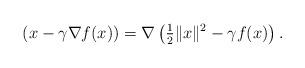
LaTeX: \begin{align*}(x-\gamma\nabla f(x))=\nabla\left(\tfrac{1}{2}\|x\|^2-\gamma f(x)\right).\end{align*}